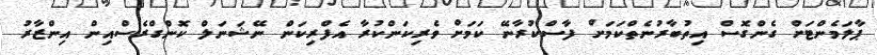
ޕާލަމެންޓަށް ގެންގޮސް އިތުބާރުނެތްކަމަށް ފާސްކުރާނޭ ކަމަށް ވެރިކަންކުރާ އެފްރިކަން ނޭޝަނަލް ކޮންގްރެސްއިން އިންޒާރު